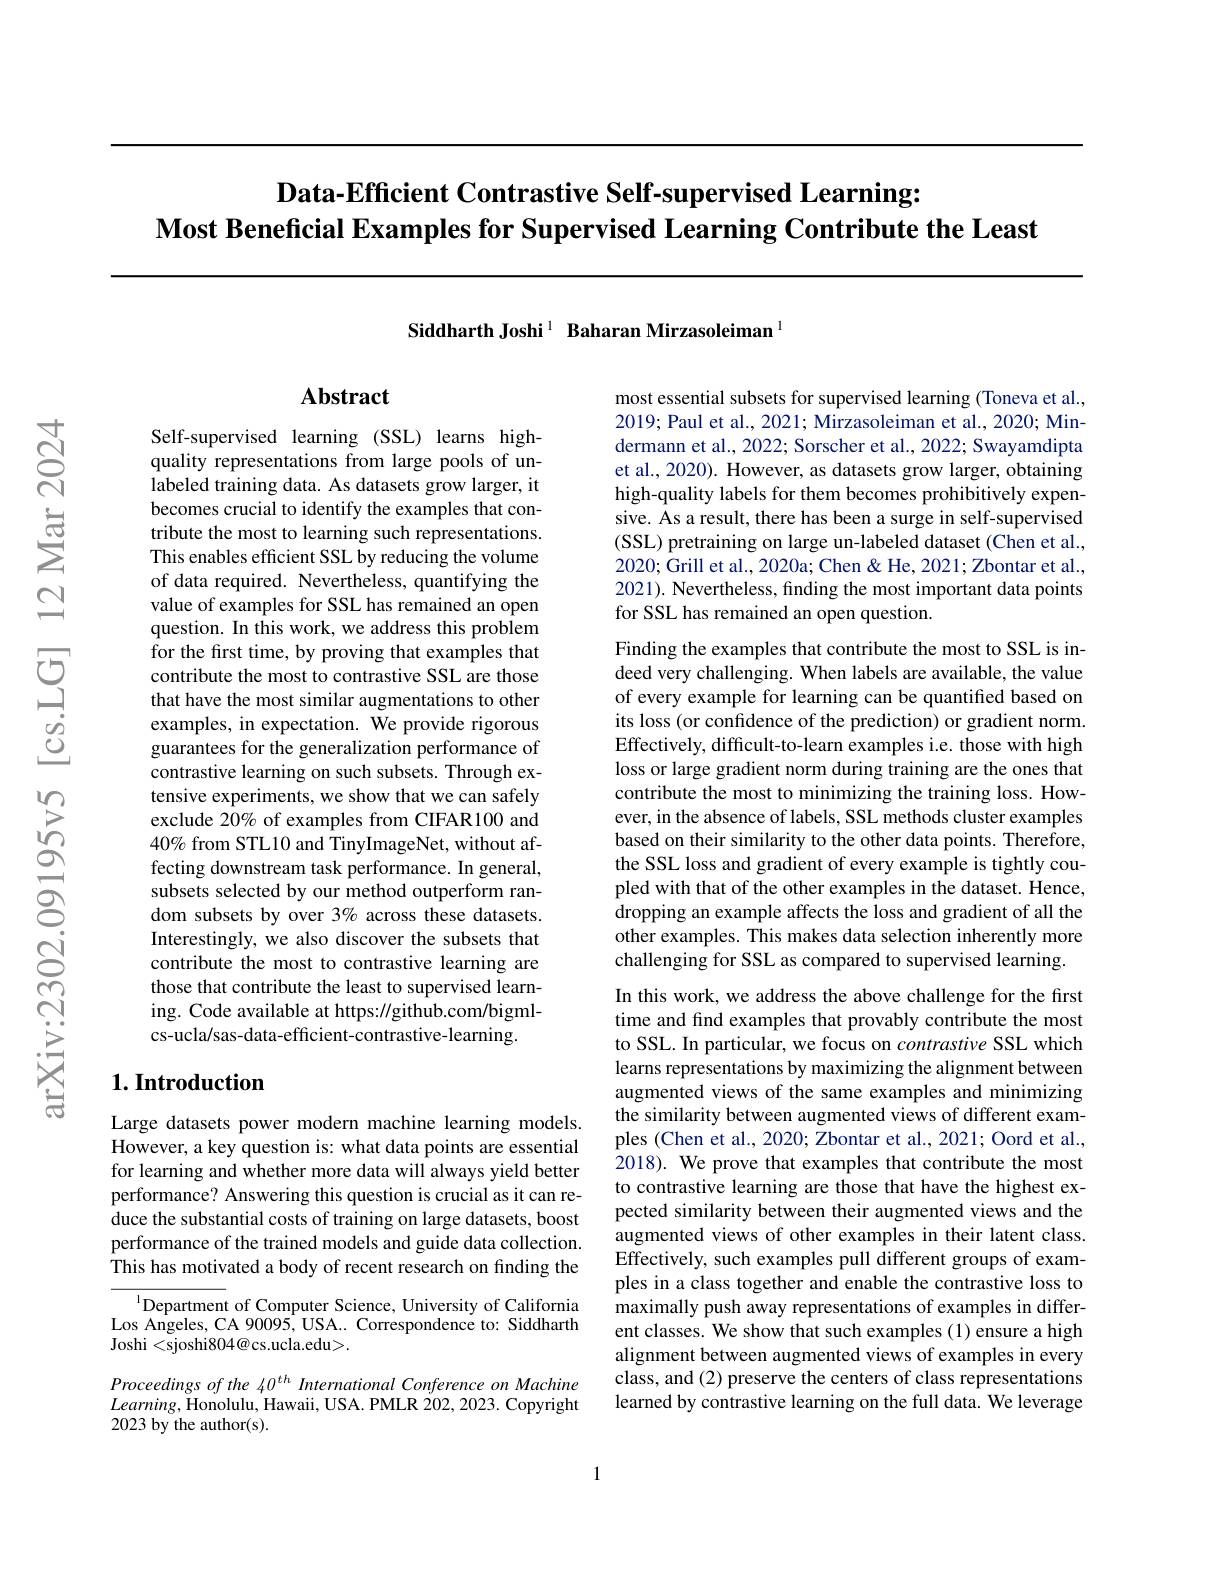
# Data-Efficient Contrastive Self-supervised Learning: $\textbf{Most Beneficial Examples for Supervised Learning Contribute the Least}$

Siddharth Joshi$^{1}$ Baharan Mirzasoleiman$^{1}$

## $\mathbf{Abstract}$

Self-supervised learning (SSL) learns highquality representations from large pools of unlabeled training data. As datasets grow larger, it becomes crucial to identify the examples that contribute the most to learning such representations. This enables efficient SSL by reducing the volume of data required. Nevertheless, quantifying the value of examples for SSL has remained an open question. In this work, we address this problem for the first time, by proving that examples that contribute the most to contrastive SSL are those that have the most similar augmentations to other examples, in expectation. We provide rigorous $\hat{\text{guarantees for the generalization performance of}}$ contrastive learning on such subsets. Through extensive experiments, we show that we can safely exclude 20% of examples from CIFAR100 and $40\%$ from STL10 and TinyImageNet, without affecting downstream task performance. In general, subsets selected by our method outperform random subsets by over 3% across these datasets. Interestingly, we also discover the subsets that contribute the most to contrastive learning are those that contribute the least to supervised learning. Code available at https://github.com/bigmlcs-ucla/sas-data-efficient-contrastive-learning.

## $1. \textbf{Introduction}$

Large datasets power modern machine learning models However, a key question is: what data points are essential for learning and whether more data will always yield better performance? Answering this question is crucial as it can reduce the substantial costs of training on large datasets, boost performance of the trained models and guide data collection. This has motivated a body of recent research on finding the

$^{\mathrm{l}}$Department of Computer Science, University of California Los Angeles, CA 90095, USA. . Correspondence to: Siddharth Joshi <sjoshi804@cs.ucla.edu>.

Proceedings of the 40$^{th}$ International Conference on Machine $Learning$,Honolulu, Hawaii, USA. PMLR 202, 2023. Copyright 2023 by the author(s).

most essential subsets for supervised learning (Toneva et al., 2019; Paul et al., 2021; Mirzasoleiman et al., 2020; Mindermann et al., 2022; Sorscher et al., 2022; Swayamdipta et al., 2020). However, as datasets grow larger, obtaining high-quality labels for them becomes prohibitively expensive. As a result, there has been a surge in self-supervised (SSL) pretraining on large un-labeled dataset (Chen et al., 2020; Grill et al., 2020a; Chen & He, 2021; Zbontar et al., 2021). Nevertheless, finding the most important data points for SSL has remained an open question.

Finding the examples that contribute the most to SSL is indeed very challenging. When labels are available, the value of every example for learning can be quantified based on its loss (or confidence of the prediction) or gradient norm. Effectively, difficult-to-learn examples i.e. those with high loss or large gradient norm during training are the ones that contribute the most to minimizing the training loss. However, in the absence of labels, SSL methods cluster examples based on their similarity to the other data points. Therefore, the SSL loss and gradient of every example is tightly coupled with that of the other examples in the dataset. Hence, dropping an example affects the loss and gradient of all the other examples. This makes data selection inherently more challenging for SSL as compared to supervised learning. In this work, we address the above challenge for the first time and find examples that provably contribute the most to SSL. In particular, we focus on contrastive SSL which learns representations by maximizing the alignment between augmented views of the same examples and minimizing the similarity between augmented views of different examples (Chen et al., 2020; Zbontar et al., 2021; Oord et al., 2018). We prove that examples that contribute the most to contrastive learning are those that have the highest ex-

pected similarity between their augmented views and the augmented views of other examples in their latent class. Effectively, such examples pull different groups of examples in a class together and enable the contrastive loss to maximally push away representations of examples in differ ent classes. We show that such examples (1) ensure a high alignment between augmented views of examples in every class, and (2) preserve the centers of class representations learned by contrastive learning on the full data. We leverage

1